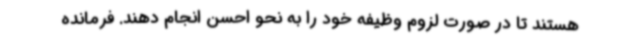
هستند تا در صورت لزوم وظیفه خود را به نحو احسن انجام دهند. فرمانده